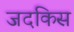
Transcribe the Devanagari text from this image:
जदकिस